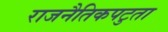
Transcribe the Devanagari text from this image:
राजनैतिकपटुता